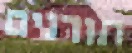
תורנים